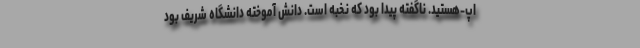
اپ-هستید. ناگفته پیدا بود که نخبه است. دانش آموخته دانشگاه شریف بود